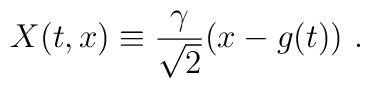
X (t,x) \equiv {\gamma \over {\sqrt{2}}} (x-g(t)) \ .